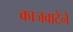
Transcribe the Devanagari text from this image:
काजवाटेने